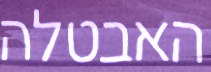
האבטלה